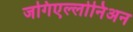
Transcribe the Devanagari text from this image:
जगिएल्लोनिअन